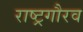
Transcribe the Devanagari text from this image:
राष्‍ट्रगौरव